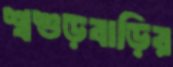
শ্বশুড়বাড়ির